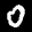
Label: 0